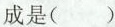
成是()